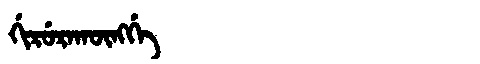
Manchu: ᡤᡳᡵᡠᡵᠠᡴᡡᠩᡤᡝ
Romanization: GIRURAKŪNGGE